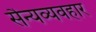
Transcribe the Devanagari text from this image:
सैन्यव्यवहार